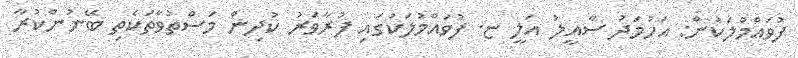
ފުވައްމުލަކުން: އަހުމަދު ސާއީލު އަލީ ޏ. ފުވައްމުލަކުގައި ފުރާވަރު ކުދިން މަސްތުވާތަކެތި ބޭނުންކުރާ